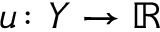
u \colon Y \rightarrow \mathbb { R }